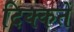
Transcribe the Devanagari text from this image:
दिक्‍कतें